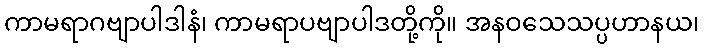
ကာမရာဂဗျာပါဒါနံ၊ ကာမရာပဗျာပါဒတို့ကို။ အနဝသေသပ္ပဟာနယ၊